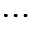
\dots